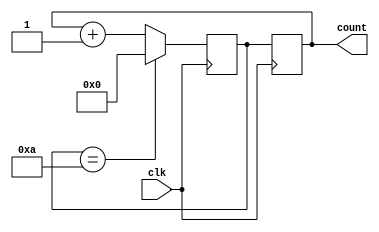
module DecadeCounter(
    input wire clk,
    output reg [3:0] count
);

reg [3:0] next_count;

always @(posedge clk) begin
    next_count <= count + 1;
    
    if (next_count == 10) begin
        next_count <= 0;
    end
end

always @(posedge clk) begin
    count <= next_count;
end

endmodule